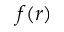
f ( r )